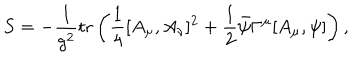
S = - \frac { 1 } { g ^ { 2 } } \mathrm { t r } \left( \frac { 1 } { 4 } [ A _ { \mu } , A _ { \nu } ] ^ { 2 } + \frac { 1 } { 2 } \bar { \psi } \Gamma ^ { \mu } [ A _ { \mu } , \psi ] \right) ,